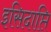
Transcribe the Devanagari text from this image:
इसिदाप्ति